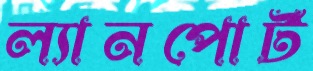
ল্যানপোর্ট